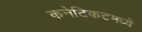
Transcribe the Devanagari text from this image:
कनेटिकटमध्ये